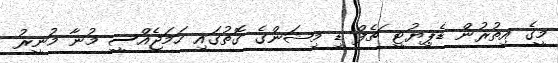
މީގެ އިތުރުން ޑެޕިޔުޓީ ޗެފް ޑި މިޝަންގެ ގޮތުގައި ހަމަޖެއްސީ މުނާ މުނީރު